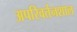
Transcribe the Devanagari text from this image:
अपरिवर्तनशाल